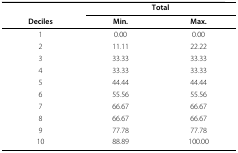
<table><thead><tr><td></td><td colspan="2"><b>Total</b></td></tr><tr><td><b>Deciles</b></td><td><b>Min.</b></td><td><b>Max.</b></td></tr></thead><tbody><tr><td>1</td><td>0.00</td><td>0.00</td></tr><tr><td>2</td><td>11.11</td><td>22.22</td></tr><tr><td>3</td><td>33.33</td><td>33.33</td></tr><tr><td>4</td><td>33.33</td><td>33.33</td></tr><tr><td>5</td><td>44.44</td><td>44.44</td></tr><tr><td>6</td><td>55.56</td><td>55.56</td></tr><tr><td>7</td><td>66.67</td><td>66.67</td></tr><tr><td>8</td><td>66.67</td><td>66.67</td></tr><tr><td>9</td><td>77.78</td><td>77.78</td></tr><tr><td>10</td><td>88.89</td><td>100.00</td></tr></tbody></table>